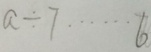
a \div 7 \cdots 6